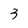
Character: 3